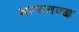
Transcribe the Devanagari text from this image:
शल्यतज्‍ज्ञ